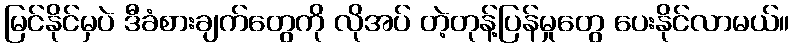
မြင်နိုင်မှပဲ ဒီခံစားချက်တွေကို လိုအပ် တဲ့တုန့်ပြန်မှုတွေ ပေးနိုင်လာမယ်။